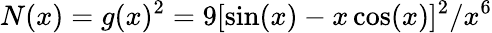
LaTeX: N(x)=g(x)^{2}=9[\sin(x)-x\cos(x)]^{2}/x^{6}